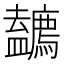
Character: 𱝐